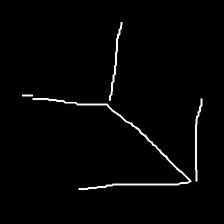
Glyph: gather